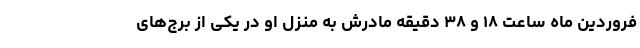
فروردین ماه ساعت ۱۸ و ۳۸ دقیقه مادرش به منزل او در یکی از برج‌های